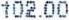
102.00